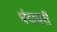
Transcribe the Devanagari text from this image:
घंटाघरों